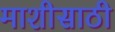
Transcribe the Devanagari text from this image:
माशीसाठी